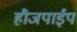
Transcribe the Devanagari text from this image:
हौजपाईप